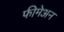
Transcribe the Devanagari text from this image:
फीमेअन